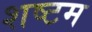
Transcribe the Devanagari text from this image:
शष्टम